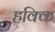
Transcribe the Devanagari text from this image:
हक्कि